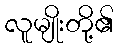
လူမျိုးတို့၏